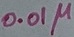
Text: 0.01µ